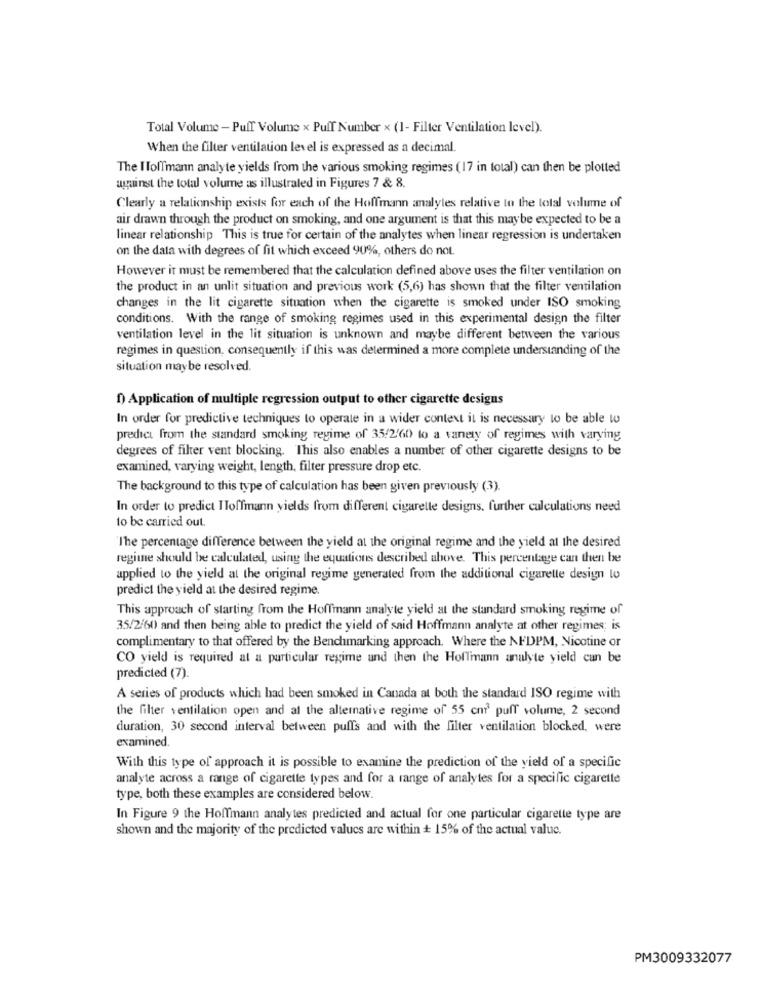
Total Volume - Puff Volume x Puff Number x (1- Filter Ventilation level).
When the filter ventilation level is expressed as a decimal.
The IlolTmann analyte yields from the various smoking regimes (17 in total) can then be plotted
against the total volume as illustrated in Figures 7 & 8.
Clearly a relationship exists for each of the Hoffmann analyles relative to the total volume of
air drawn through the product on smoking, and one argument is that this maybe expected to be a
linear relationship This is true for certain of the analytes when linear regression is undertaken
on the data with degrees of fit which exceed 90%, others do not.
However it must be remembered that the calculation defined above uses the filter ventilation on
the product in an unlit situation and previous work (5,6) has shown that the filter ventilation
changes in the lit cigarette situation when the cigarette is smoked under ISO smoking
conditions. With the range of smoking regimes used in this experimental design the filter
ventilation level in the lit situation is unknown and maybe different between the various
regimes in question, consequently if this was determined a more complete understanding of the
situation maybe resolved.
f) Application of multiple regression output to other cigarette designs
In order for predictive techniques to operate in a wider context it is necessary to be able to
predict from the standard smoking regime of 35/2'60 to a vanety of regimes with varying
degrees of filter vent blocking. This also enables a number of other cigarette designs to be
examined, varying weight, length, filter pressure drop etc.
The background to this type of calculation has been given previously (3).
In order to predict IToffmann yields from different cigarette designs, further calculations need
to be carried out.
The percentage difference between the yield at the original regime and the yield at the desired
regime should be calculated, using the equations described above. This percentage can then be
applied to the yield at the original regime generated from the additional cigarette design lo
predict the yield at the desired regime.
This approach of starting from the Hoffmann analyte yield at the standard smoking regime of
35/2/60 and then being able to predict the yield of said Hoffmann analyte at other regimes; is
complimentary to that offered by the Benchmarking approach. Where the NFDPM, Nicotine or
CO yield is required at a particular regime and then the Hoffmann analyte yield can be
predicted (7).
A series of products which had been smoked in Canada at both the standard ISO regime with
the filter ventilation open and al the alternative regime of 55 cni puff volume, 2 second
duration, 30 second interval between pulls and with the filter ventilation blocked, were
examined.
With this type of approach it is possible to examine the prediction of the yield of a specific
analyte across a range of cigarette types and for a range of analytes for a specific cigarette
type, both these examples are considered below.
In Figure 9 the Hoffmann analytes predicted and actual for one particular cigarette type are
shown and the majority of the predicted values are within + 15% of the actual value.
PM3009332077